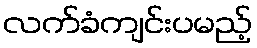
လက်ခံကျင်းပမည့်